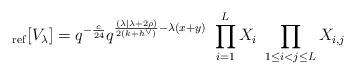
LaTeX: \begin{align*}_{\rm ref}[V_\lambda] = q^{-\frac{c}{24}} q^{\frac{(\lambda| \lambda + 2\rho) }{2(k+h^\vee)} -\lambda(x+y)}\ \prod_{i=1}^L X_i\ \prod_{1\leq i <j \leq L} X_{i,j} \end{align*}